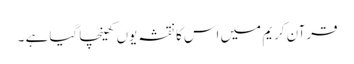
قرآن کریم میں اس کا نقشہ یوں کھینچا گیا ہے ۔